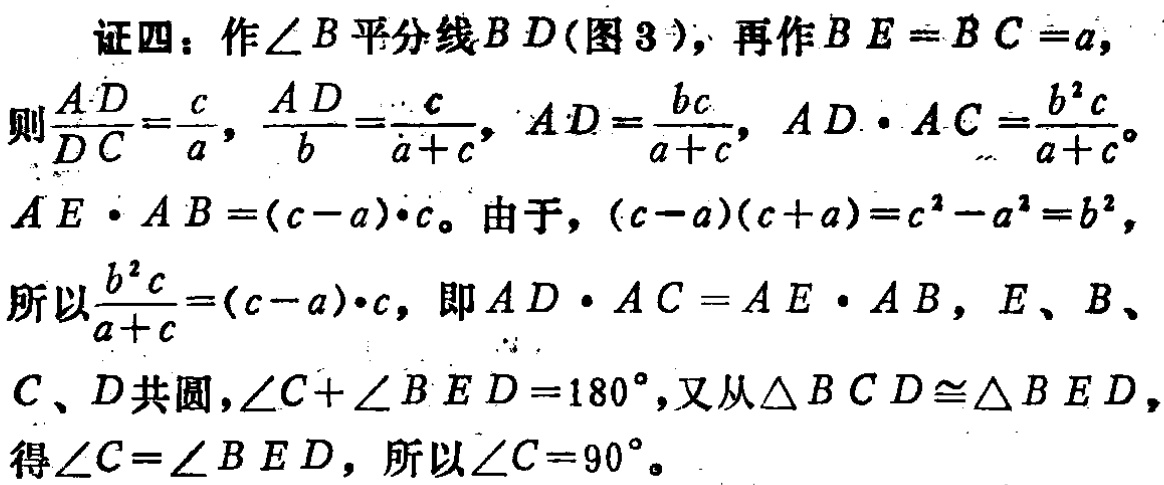
证四：作\(\angle B\)平分线\(BD\)(图3)，再作\(BE = BC = a\)，

则\(\frac{AD}{DC}=\frac{c}{a}\)，\(\frac{AD}{b}=\frac{c}{a + c}\)，\(AD=\frac{bc}{a + c}\)，\(AD\cdot AC=\frac{b^{2}c}{a + c}\)。

\(AE\cdot AB=(c - a)\cdot c\)。由于，\((c - a)(c + a)=c^{2}-a^{2}=b^{2}\)，

所以\(\frac{b^{2}c}{a + c}=(c - a)\cdot c\)，即\(AD\cdot AC = AE\cdot AB\)，\(E\)、\(B\)、

\(C\)、\(D\)共圆，\(\angle C+\angle BED = 180^{\circ}\)，又从\(\triangle BCD\cong\triangle BED\)，

得\(\angle C=\angle BED\)，所以\(\angle C = 90^{\circ}\)。